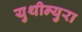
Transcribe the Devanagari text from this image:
युथीन्युरा